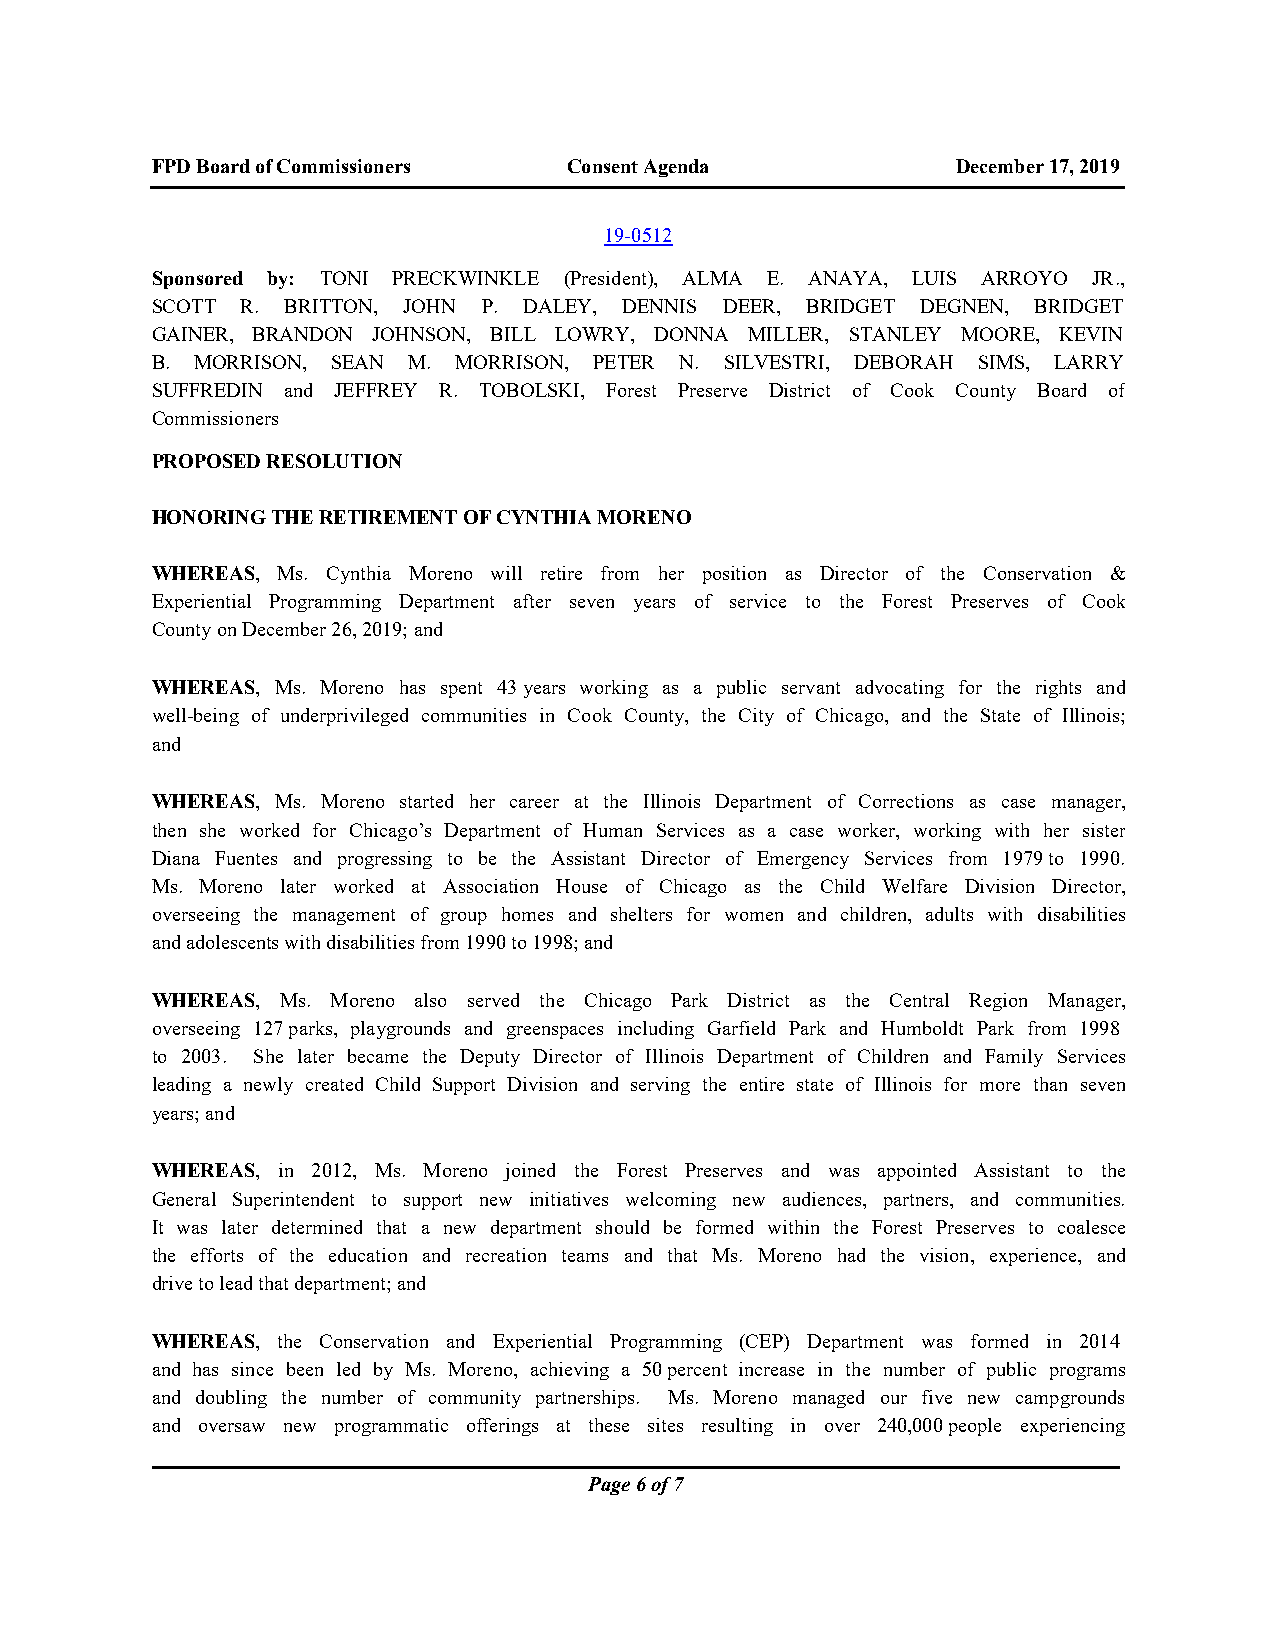
FPD Board of Commissioners  Consent Agenda           December 17, 2019
 19-0512
 Sponsored by: TONI PRECKWINKLE (President), ALMA E. ANAYA, LUIS ARROYO JR.,
 SCOTT R. BRITTON, JOHN P. DALEY, DENNIS DEER, BRIDGET DEGNEN, BRIDGET
 GAINER, BRANDON JOHNSON, BILL LOWRY, DONNA MILLER, STANLEY MOORE, KEVIN
 B. MORRISON, SEAN M. MORRISON, PETER N. SILVESTRI, DEBORAH SIMS, LARRY
 SUFFREDIN and JEFFREY R. TOBOLSKI, Forest Preserve District of Cook County Board of
 Commissioners
 PROPOSED RESOLUTION
 HONORING THE RETIREMENT OF CYNTHIA MORENO
 WHEREAS, Ms. Cynthia Moreno will retire from her position as Director of the Conservation &
 Experiential Programming Department after seven years of service to the Forest Preserves of Cook
 County on December 26, 2019; and
 WHEREAS, Ms. Moreno has spent 43 years working as a public servant advocating for the rights and
 well-being of underprivileged communities in Cook County, the City of Chicago, and the State of Illinois;
 and
 WHEREAS, Ms. Moreno started her career at the Illinois Department of Corrections as case manager,
 then she worked for Chicago’s Department of Human Services as a case worker, working with her sister
 Diana Fuentes and progressing to be the Assistant Director of Emergency Services from 1979 to 1990.
 Ms. Moreno later worked at Association House of Chicago as the Child Welfare Division Director,
 overseeing the management of group homes and shelters for women and children, adults with disabilities
 and adolescents with disabilities from 1990 to 1998; and
 WHEREAS, Ms. Moreno also served the Chicago Park District as the Central Region Manager,
 overseeing 127 parks, playgrounds and greenspaces including Garfield Park and Humboldt Park from 1998
 to 2003. She later became the Deputy Director of Illinois Department of Children and Family Services
 leading a newly created Child Support Division and serving the entire state of Illinois for more than seven
 years; and
 WHEREAS, in 2012, Ms. Moreno joined the Forest Preserves and was appointed Assistant to the
 General Superintendent to support new initiatives welcoming new audiences, partners, and communities.
 It was later determined that a new department should be formed within the Forest Preserves to coalesce
 the efforts of the education and recreation teams and that Ms. Moreno had the vision, experience, and
 drive to lead that department; and
 WHEREAS, the Conservation and Experiential Programming (CEP) Department was formed in 2014
 and has since been led by Ms. Moreno, achieving a 50 percent increase in the number of public programs
 and doubling the number of community partnerships. Ms. Moreno managed our five new campgrounds
 and oversaw new programmatic offerings at these sites resulting in over 240,000 people experiencing
 Page 6 of 7